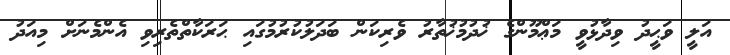
އަލީ ވަޙީދު ވިދާޅުވީ މަޢްމޫންގެ ޚުދުމުޚުތާރު ވެރިކަން ބަދަލުކުރުމުގައި ޙަރަކާތްތެރިވި އެންމެނަށް މިއަދު